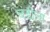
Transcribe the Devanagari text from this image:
चंडीला